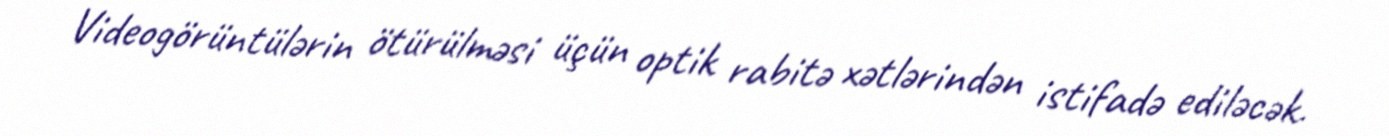
Videogörüntülərin ötürülməsi üçün optik rabitə xətlərindən istifadə ediləcək.